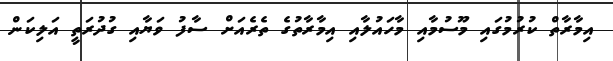
އިމާރާތް ކުރުމުގައި މޫސުމާއި މާހައުލާއި އިމާރާތުގެ ތެރެއަށް ސާފު ވަޔާއި ގުދުރަތީ އަލިކަން